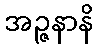
အဉ္ဇနာနိ